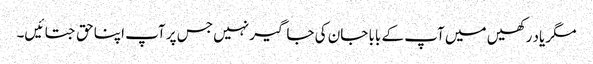
مگر یاد رکھیں میں آپ کے بابا جان کی جاگیر نہیں جس پر آپ اپنا حق جتائیں۔